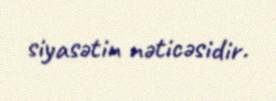
siyasətin nəticəsidir.